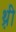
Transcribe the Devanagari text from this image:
थ़्री